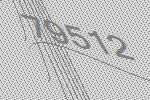
79512